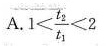
A.$$1 < \frac { t _ { 2 } } { t _ { 1 } } < 4$$